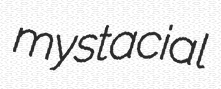
mystacial